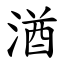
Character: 湭